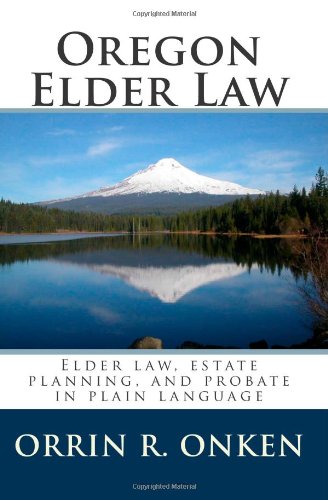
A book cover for Oregon Elder Law: Elder law, estate planning, and probate in plain language; Orrin R Onken; Law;